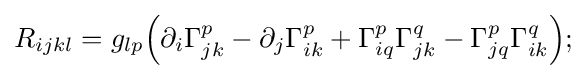
R_{ijkl}=g_{lp}{\Big (}\partial _{i}\Gamma _{jk}^{p}-\partial _{j}\Gamma _{ik}^{p}+\Gamma _{iq}^{p}\Gamma _{jk}^{q}-\Gamma _{jq}^{p}\Gamma _{ik}^{q}{\Big )};